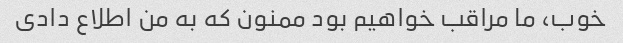
خوب، ما مراقب خواهیم بود ممنون که به من اطلاع دادی